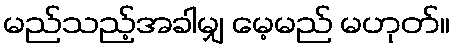
မည်သည့်အခါမျှ မေ့မည် မဟုတ်။